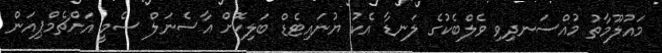
މައުލޫމާތު މުއްސަނދިވި ވެލްބެކުގެ ލަނޑާ އެކު ޔުނައިޓެޑް ބަލިކޮށް އާސެނަލް ސެމީ އަށްޗެމްޕިއަން